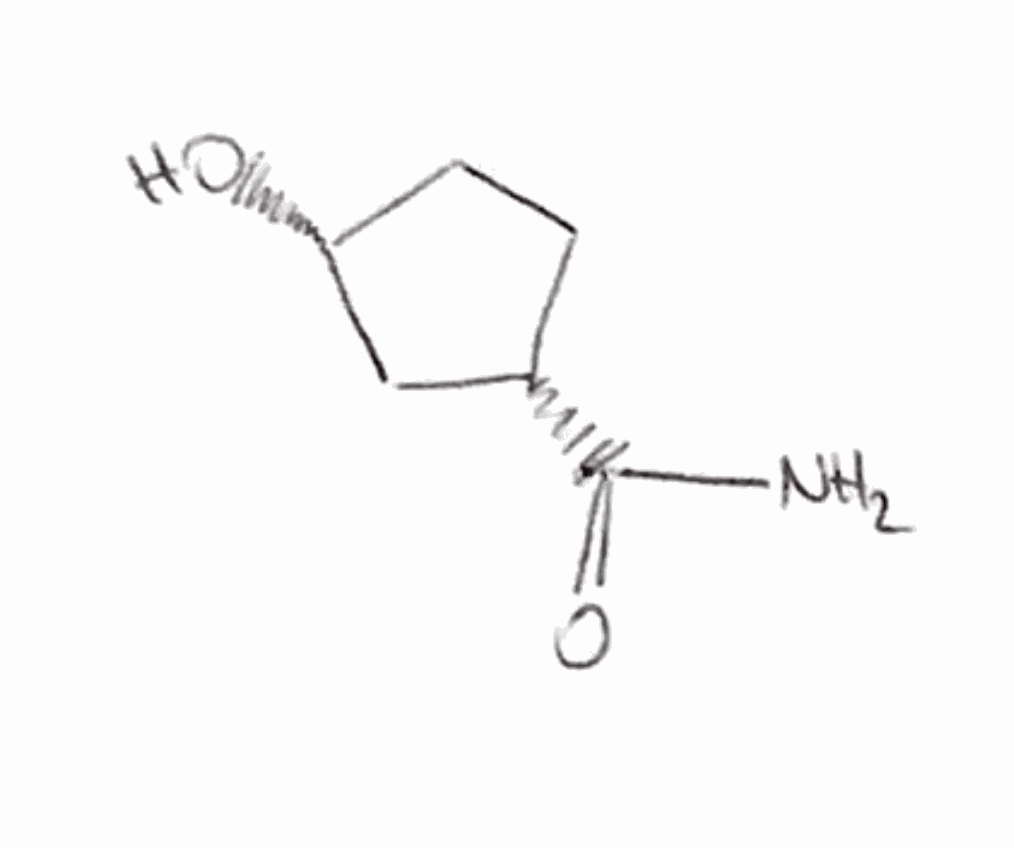
Simplified molecular-input line-entry system (SMILES) notation of the given molecule:
C1C[C@H](C[C@H]1C(=O)N)O